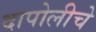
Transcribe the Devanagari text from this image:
दापोलीचे